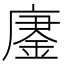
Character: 𫸀